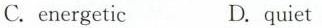
C. energetic D.quiet